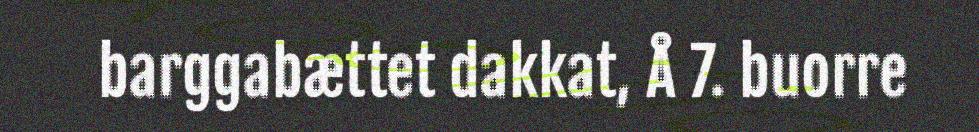
barggabættet dakkat, Å 7. buorre